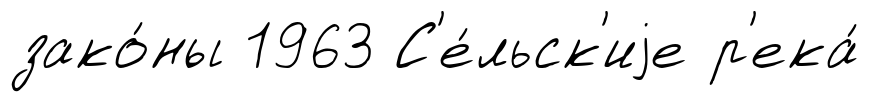
зако́ны 1963 С'е́льск'иjе р'ека́